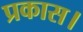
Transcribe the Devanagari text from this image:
प्रकास।